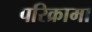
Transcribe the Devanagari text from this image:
परिक्रामा